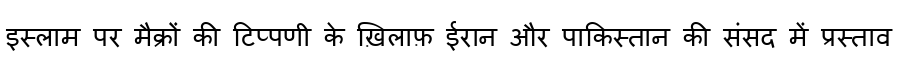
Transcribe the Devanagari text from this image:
इस्लाम पर मैक्रों की टिप्पणी के ख़िलाफ़ ईरान और पाकिस्तान की संसद में प्रस्ताव